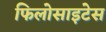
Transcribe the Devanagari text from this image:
फिलोसाइटेस